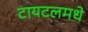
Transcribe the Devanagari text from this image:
टायटलमधे